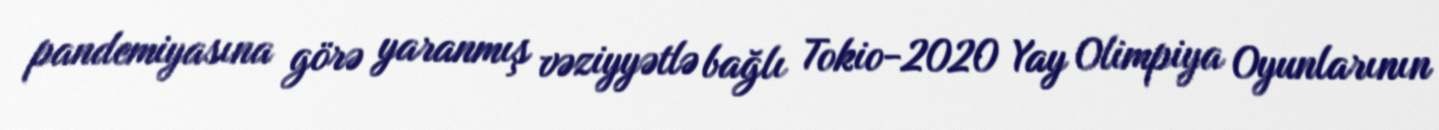
pandemiyasına görə yaranmış vəziyyətlə bağlı Tokio-2020 Yay Olimpiya Oyunlarının